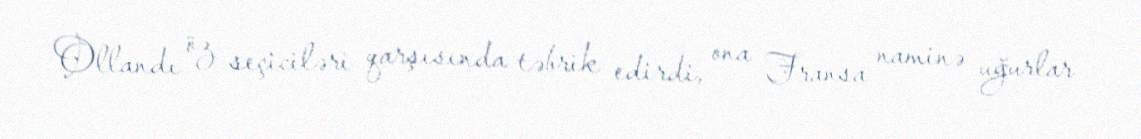
Ollandı öz seçiciləri qarşısında təbrik edirdi, ona Fransa naminə uğurlar